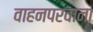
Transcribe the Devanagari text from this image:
वाहनपरवाना